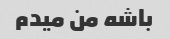
باشه من میدم